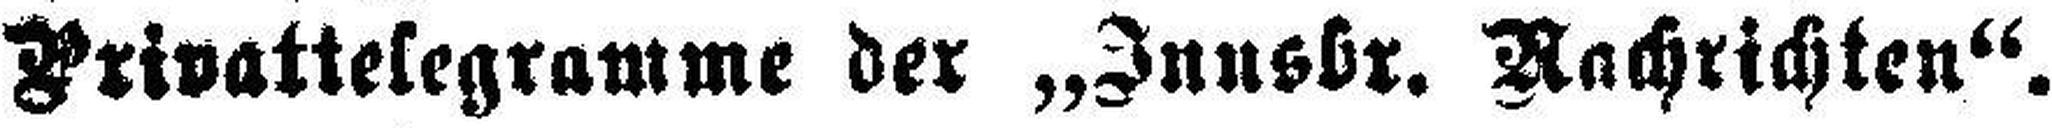
Privattelegramme der „Innsbr. Nachrichten“.